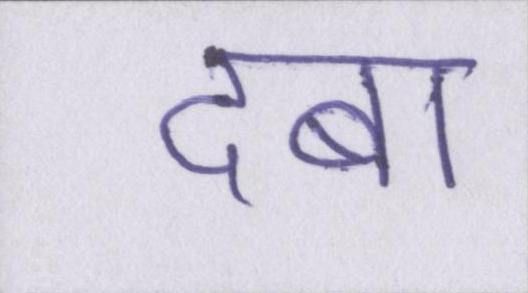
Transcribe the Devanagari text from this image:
दबा